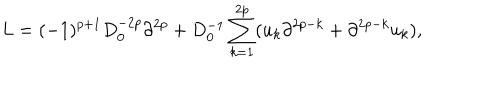
L = ( - 1 ) ^ { p + 1 } D _ { 0 } ^ { - 2 p } \partial ^ { 2 p } + D _ { 0 } ^ { - 1 } \sum _ { k = 1 } ^ { 2 p } ( u _ { k } \partial ^ { 2 p - k } + \partial ^ { 2 p - k } u _ { k } ) ,